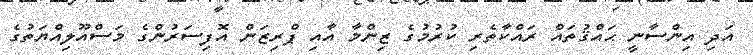
އަދި އިންސާނީ ޙައްޤުތައް ރައްކާތެރި ކުރުމުގެ ޒިންމާ އާއި ޕްރިޒަން އޮފިސަރުންގެ މަސްއޫލިއްޔަތުގެ